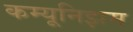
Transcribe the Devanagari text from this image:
कम्यूनिझम